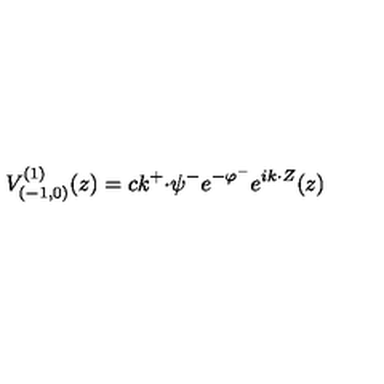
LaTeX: V _ { ( { - } 1 , 0 ) } ^ { ( 1 ) } ( z ) = c k ^ { + } { \cdot } \psi ^ { - } e ^ { - \varphi ^ { - } } e ^ { i k { \cdot } Z } ( z )